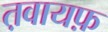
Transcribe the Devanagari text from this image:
त़वायफ़